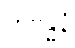
တိဗန္ဓနံ